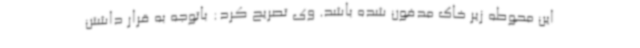
این محوطه زیر خاک مدفون شده باشد. وی تصریح کرد: باتوجه به قرار داشتن